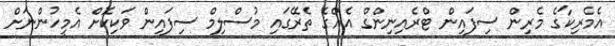
އެމެރިކާގެ މެރިން ސިފައިން ޓްރެއިނިންގް އެއްގެ ތެރޭގައި މުސްލިމް ސިފައިން ވަކިކޮށް އެމީހުންނަށް